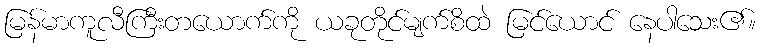
မြန်မာကူလီကြီးတယောက်ကို ယခုတိုင်မျက်စိထဲ မြင်ယောင် နေပါသေး၏။